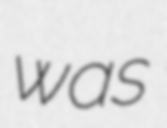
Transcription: was